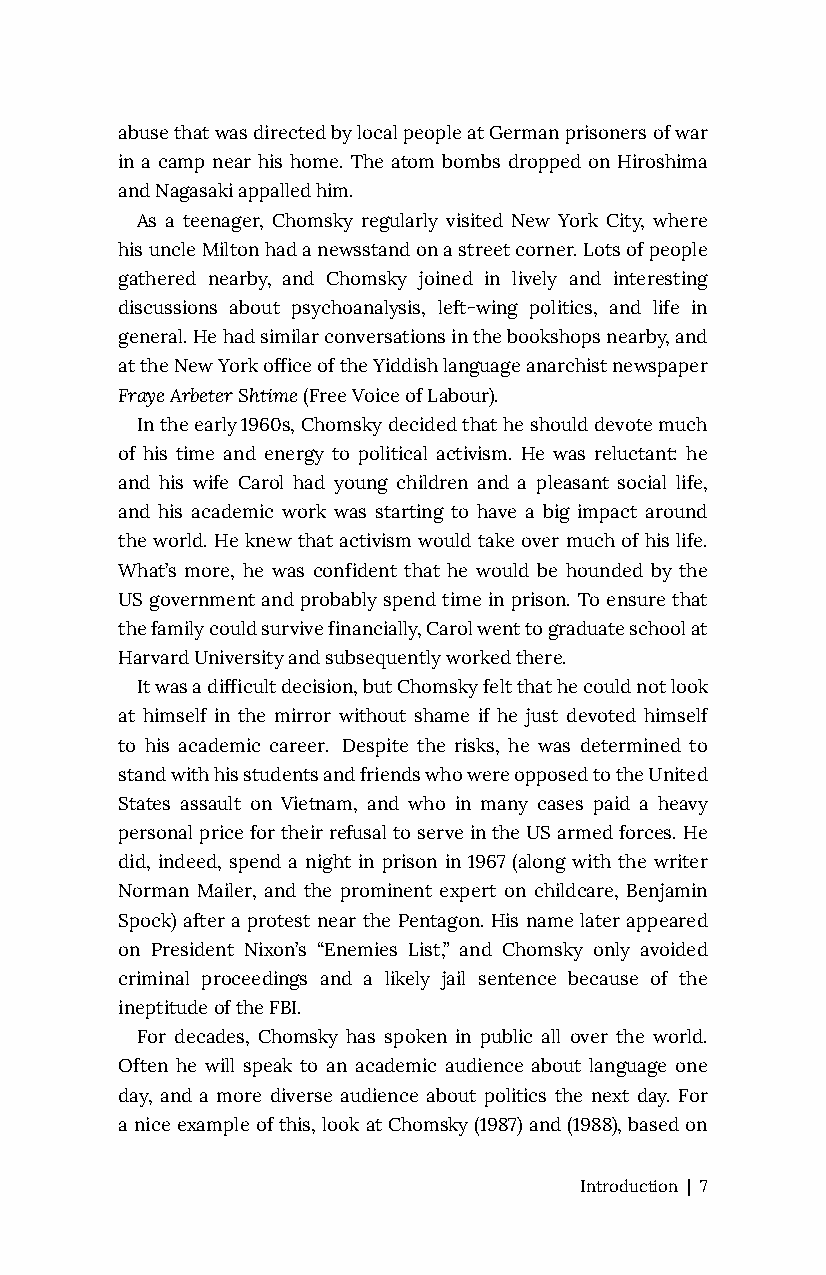
abuse that was directed by local people at German prisoners of war
 in a camp near his home. The atom bombs dropped on Hiroshima
 and Nagasaki appalled him.
 As a teenager, Chomsky regularly visited New York City, where
 his uncle Milton had a newsstand on a street corner. Lots of people
 gathered nearby, and Chomsky joined in lively and interesting
 discussions about psychoanalysis, left-wing politics, and life in
 general. He had similar conversations in the bookshops nearby, and
 at the New York office of the Yiddish language anarchist newspaper
 Fraye Arbeter Shtime (Free Voice of Labour).
 In the early 1960s, Chomsky decided that he should devote much
 of his time and energy to political activism. He was reluctant: he
 and his wife Carol had young children and a pleasant social life,
 and his academic work was starting to have a big impact around
 the world. He knew that activism would take over much of his life.
 What’s more, he was confident that he would be hounded by the
 US government and probably spend time in prison. To ensure that
 the family could survive financially, Carol went to graduate school at
 Harvard University and subsequently worked there.
 It was a difficult decision, but Chomsky felt that he could not look
 at himself in the mirror without shame if he just devoted himself
 to his academic career. Despite the risks, he was determined to
 stand with his students and friends who were opposed to the United
 States assault on Vietnam, and who in many cases paid a heavy
 personal price for their refusal to serve in the US armed forces. He
 did, indeed, spend a night in prison in 1967 (along with the writer
 Norman Mailer, and the prominent expert on childcare, Benjamin
 Spock) after a protest near the Pentagon. His name later appeared
 on President Nixon’s “Enemies List,” and Chomsky only avoided
 criminal proceedings and a likely jail sentence because of the
 ineptitude of the FBI.
 For decades, Chomsky has spoken in public all over the world.
 Often he will speak to an academic audience about language one
 day, and a more diverse audience about politics the next day. For
 a nice example of this, look at Chomsky (1987) and (1988), based on
 Introduction | 7